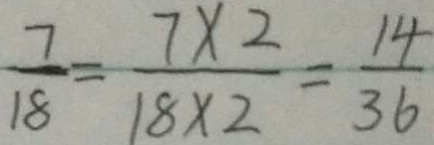
\frac { 7 } { 1 8 } = \frac { 7 \times 2 } { 1 8 \times 2 } = \frac { 1 4 } { 3 6 }